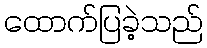
ထောက်ပြခဲ့သည်